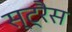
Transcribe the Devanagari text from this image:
स्ट्रैस